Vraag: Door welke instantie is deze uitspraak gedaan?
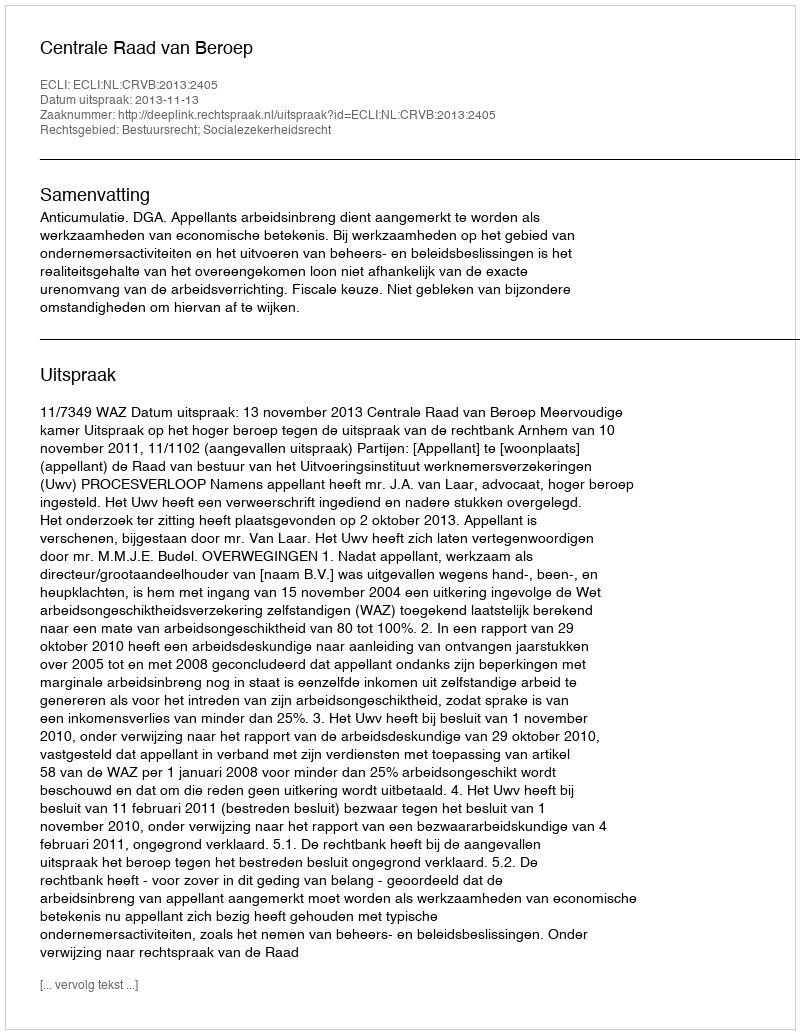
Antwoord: Centrale Raad van Beroep